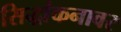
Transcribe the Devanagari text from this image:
सिद्धांकनावर